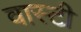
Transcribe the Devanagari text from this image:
वास्टी